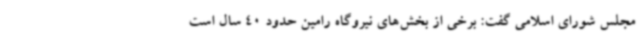
مجلس شورای اسلامی گفت: برخی از بخش‌های نیروگاه رامین حدود 40 سال است